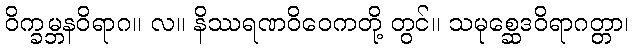
ဝိက္ခမ္ဘနဝိရာဂ။ လ။ နိဿရဏဝိဝေကတို့ တွင်။ သမုစ္ဆေဒဝိရာဂတ္တာ၊